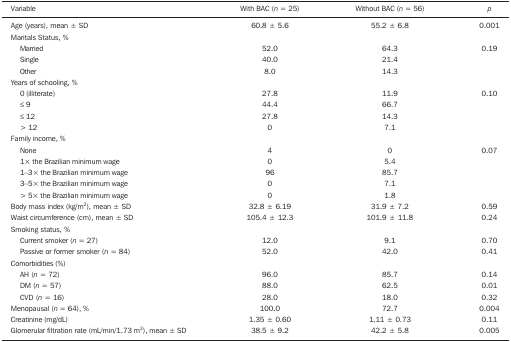
| Variable | With BAC (n = 25) | Without BAC (n = 56) | p |
 | --- | --- | --- | --- |
 | Age (years), mean ± SD | 60.8 ± 5.6 | 55.2 ± 6.8 | 0.001 |
 | Maritals Status, % |  |  |  |
 | Married | 52.0 | 64.3 | 0.19 |
 | Single | 40.0 | 21.4 |  |
 | Other | 8.0 | 14.3 |  |
 | Years of schooling, % |  |  |  |
 | 0 (illiterate) | 27.8 | 11.9 | 0.10 |
 | ≤ 9 | 44.4 | 66.7 |  |
 | ≤ 12 | 27.8 | 14.3 |  |
 | > 12 | 0 | 7.1 |  |
 | Family income, % |  |  |  |
 | None | 4 | 0 | 0.07 |
 | 1× the Brazilianminimum wage | 0 | 5.4 |  |
 | 1-3× theBrazilian minimum wage | 96 | 85.7 |  |
 | 3-5× theBrazilian minimum wage | 0 | 7.1 |  |
 | > 5× theBrazilian minimum wage | 0 | 1.8 |  |
 | Body mass index (kg/m2), mean ±SD | 32.8 ± 6.19 | 31.9 ± 7.2 | 0.59 |
 | Waist circumference (cm), mean ± SD | 105.4 ± 12.3 | 101.9 ± 11.8 | 0.24 |
 | Smoking status, % |  |  |  |
 | Current smoker(n = 27) | 12.0 | 9.1 | 0.70 |
 | Passive or formersmoker (n = 84) | 52.0 | 42.0 | 0.41 |
 | Comorbidities (%) |  |  |  |
 | AH (n= 72) | 96.0 | 85.7 | 0.14 |
 | DM (n= 57) | 88.0 | 62.5 | 0.01 |
 | CVD (n= 16) | 28.0 | 18.0 | 0.32 |
 | Menopausal (n = 64), % | 100.0 | 72.7 | 0.004 |
 | Creatinine (mg/dL) | 1.35 ± 0.60 | 1.11 ± 0.73 | 0.11 |
 | Glomerular filtration rate (mL/min/1.73 m2),mean ± SD | 38.5 ± 9.2 | 42.2 ± 5.8 | 0.005 |